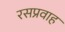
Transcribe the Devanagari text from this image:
रसप्रवाह